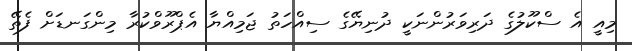
މިއީ އެ ސްކޫލުގެ ދަރިވަރުންނަކީ ދުނިޔޭގެ ސިއްހަތު ޖަމިއްޔާ އެޕްރޫވްކުރާ މިންގަނޑަށް ފެތޭ